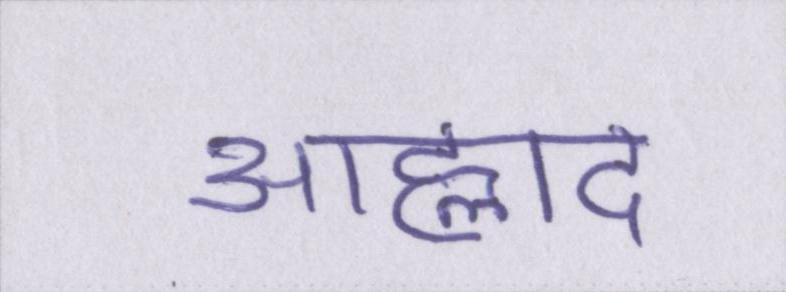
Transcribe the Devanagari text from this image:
आह्लाद